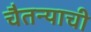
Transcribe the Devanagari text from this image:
चैतन्याची